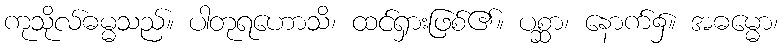
ကုသိုလ်ဓမ္မသည်။ ပါတုရဟောသိ၊ ထင်ရှားဖြစ်၏။ ပစ္ဆာ၊ နောက်၌။ အဓမ္မော၊